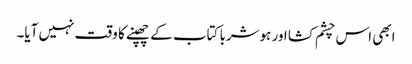
ابھی اس چشم کشا اور ہوشربا کتاب کے چھپنے کا وقت نہیں آیا۔